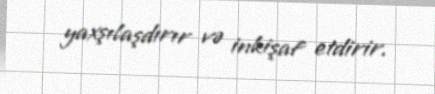
yaxşılaşdırır və inkişaf etdirir.